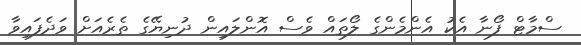
ސްމާޓް ފޯނާ އެކު އެންމެންގެ ލޯތައް ވެސް އޮންލައިން ދުނިޔޭގެ ތެރެއަށް ވަދެފައިވާ